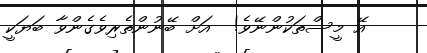
އޭ މީސްތަކުންނޭވެ!  އަށް ބޭނުންތެރިވެގެންވާ ބަޔަކީ